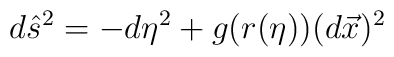
d\hat{s}^{2}=-d\eta^{2}+g(r(\eta))(d\vec{x})^{2}